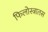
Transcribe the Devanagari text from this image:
फिलोस्त्रातस